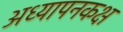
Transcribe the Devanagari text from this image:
अध्यापनकक्ष